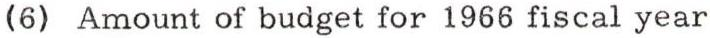
(6) Amount of budget for 1966 fiscal year